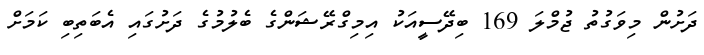
ދަށުން މިވަގުތު ޖުމްލަ 169 ބިދޭސީއަކު އިމިގްރޭޝަންގެ ބެލުމުގެ ދަށުގައި އެބަތިބި ކަމަށް